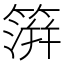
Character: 𥲂